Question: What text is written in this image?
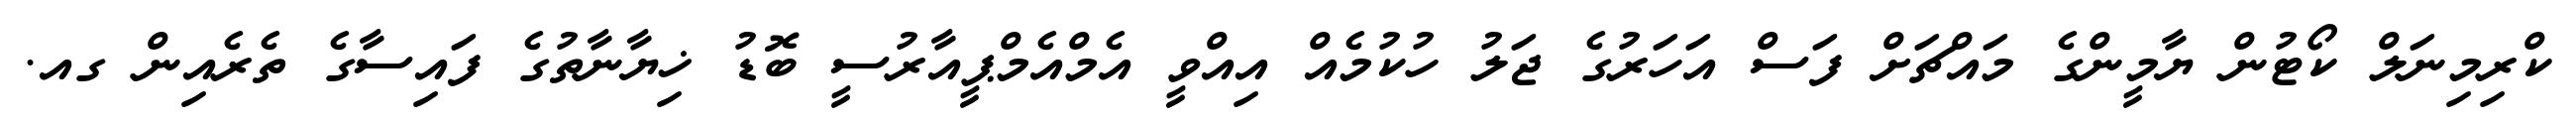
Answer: ކްރިމިނަލް ކޯޓުން ޔާމީންގެ މައްޗަށް ފަސް އަހަރުގެ ޖަލު ހުކުމެއް އިއްވީ އެމްއެމްޕީއާރުސީ ބޮޑު ޚިޔާނާތުގެ ފައިސާގެ ތެރެއިން ގއ.